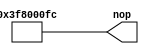
module microinstruction_nop(
	nop
);


output wire	[32:0] nop;

wire	[32:0] nop_ALTERA_SYNTHESIZED;









assign	nop = nop_ALTERA_SYNTHESIZED;
assign	nop_ALTERA_SYNTHESIZED[7:2] = 6'b111111;
assign	nop_ALTERA_SYNTHESIZED[29:23] = 7'b1111111;
assign	nop_ALTERA_SYNTHESIZED[1:0] = 2'b00;
assign	nop_ALTERA_SYNTHESIZED[22:8] = 15'b000000000000000;
assign	nop_ALTERA_SYNTHESIZED[32:30] = 3'b000;

endmodule